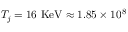
T _ { j } = 1 6 ~ \mathrm { { K e V } \approx 1 . 8 5 \times 1 0 ^ { 8 } }